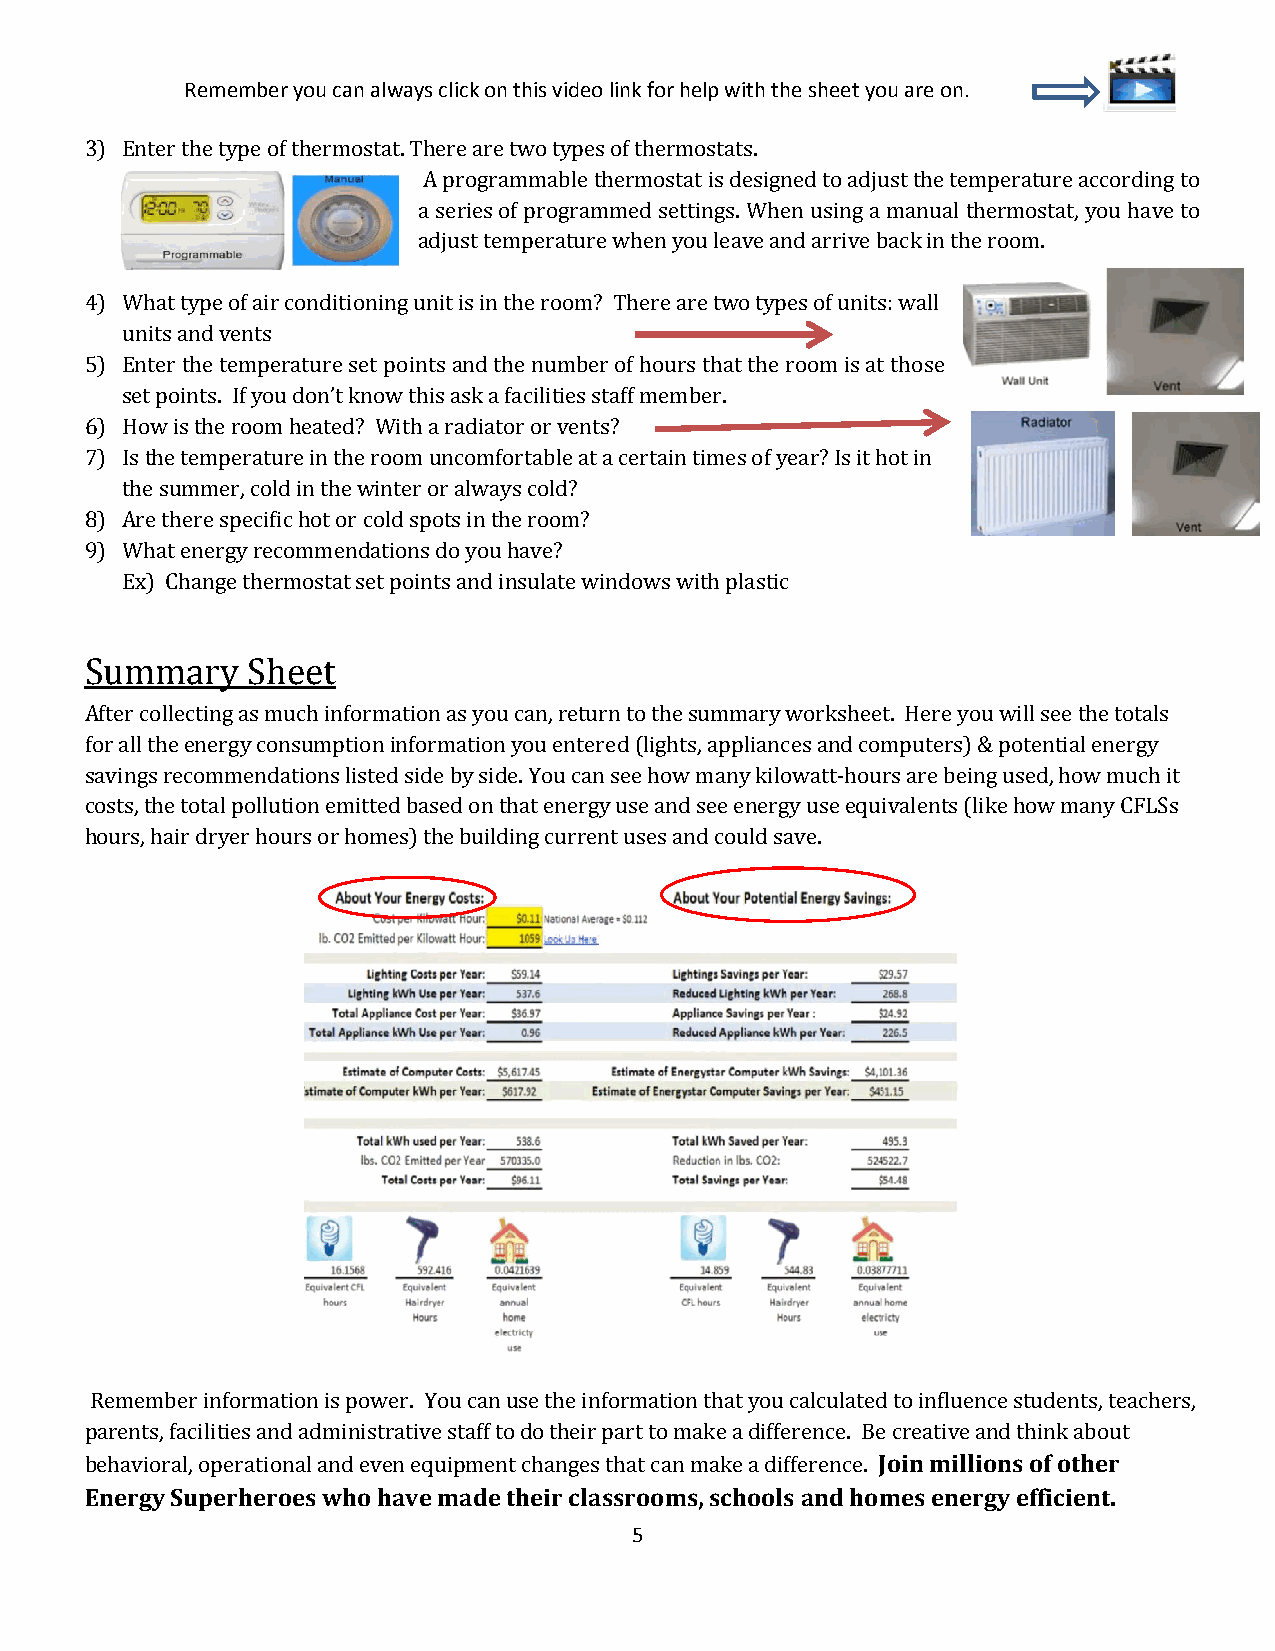
Remember you can always click on this video link for help with the sheet you are on.
 3) Enter the type of thermostat. There are two types of thermostats.
 A programmable thermostat is designed to adjust the temperature according to
 a series of programmed settings. When using a manual thermostat, you have to
 adjust temperature when you leave and arrive back in the room.
 4) What type of air conditioning unit is in the room? There are two types of units: wall
 units and vents
 5) Enter the temperature set points and the number of hours that the room is at those
 set points. If you don’t know this ask a facilities staff member.
 6) How is the room heated? With a radiator or vents?
 7) Is the temperature in the room uncomfortable at a certain times of year? Is it hot in
 the summer, cold in the winter or always cold?
 8) Are there specific hot or cold spots in the room?
 9) What energy recommendations do you have?
 Ex) Change thermostat set points and insulate windows with plastic
 Summary   Sheet
 After collecting as much information as you can, return to the summary worksheet. Here you will see the totals
 for all the energy consumption information you entered (lights, appliances and computers) & potential energy
 savings recommendations listed side by side. You can see how many kilowatt-hours are being used, how much it
 costs, the total pollution emitted based on that energy use and see energy use equivalents (like how many CFLSs
 hours, hair dryer hours or homes) the building current uses and could save.
 Remember information is power. You can use the information that you calculated to influence students, teachers,
 parents, facilities and administrative staff to do their part to make a difference. Be creative and think about
 behavioral, operational and even equipment changes that can make a difference. Join millions of other
 Energy Superheroes who have made their classrooms, schools and homes energy efficient.
 5